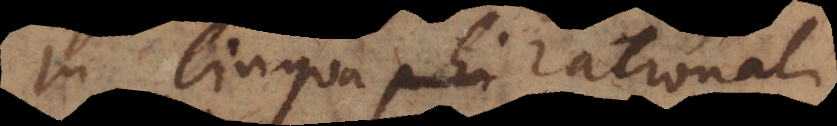
In lingua phi rationali